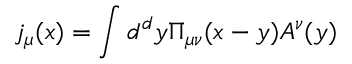
j _ { \mu } ( x ) = \int d ^ { d } y \Pi _ { \mu \nu } ( x - y ) A ^ { \nu } ( y )